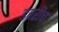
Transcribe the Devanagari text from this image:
डवरीच